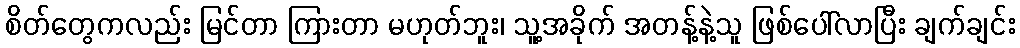
စိတ်တွေကလည်း မြင်တာ ကြားတာ မဟုတ်ဘူး၊ သူ့အခိုက် အတန့်နဲ့သူ ဖြစ်ပေါ်လာပြီး ချက်ချင်း